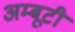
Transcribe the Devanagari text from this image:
अम्बूटी